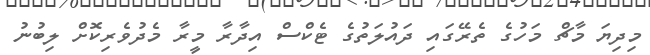
މިދިޔަ މާޗް މަހުގެ ތެރޭގައި ދައުލަތުގެ ޓެކްސް އިދާރާ މީރާ މެދުވެރިކޮށް ލިބުނު